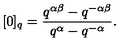
[ 0 ] _ { q } = \frac { q ^ { \alpha \beta } - q ^ { - \alpha \beta } } { q ^ { \alpha } - q ^ { - \alpha } } .